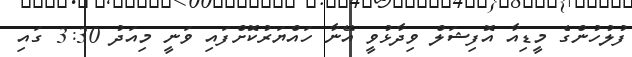
ފުލުހުންގެ މީޑިއާ އޮފިޝަލް ވިދާޅުވީ އޭނާ ހައްޔަރުކޮށްފައި ވަނީ މިއަދު 3:30 ގައި